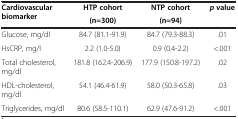
<table><thead><tr><td rowspan="2"><b>Cardiovascular biomarker</b></td><td><b>HTP cohort</b></td><td><b>NTP cohort</b></td><td rowspan="2"><b><i>p </i>value</b></td></tr><tr><td><b>(n=300)</b></td><td><b>(n=94)</b></td></tr></thead><tbody><tr><td>Glucose, mg/dl</td><td>84.7 (81.1-91.9)</td><td>84.7 (79.3-88.3)</td><td>.01</td></tr><tr><td>HsCRP, mg/l</td><td>2.2 (1.0-5.0)</td><td>0.9 (0.4-2.2)</td><td>&lt;.001</td></tr><tr><td>Total cholesterol, mg/dl</td><td>181.8 (162.4-206.9)</td><td>177.9 (150.8-197.2)</td><td>.02</td></tr><tr><td>HDL-cholesterol, mg/dl</td><td>54.1 (46.4-61.9)</td><td>58.0 (50.3-65.8)</td><td>.03</td></tr><tr><td>Triglycerides, mg/dl</td><td>80.6 (58.5-110.1)</td><td>62.9 (47.6-91.2)</td><td>&lt;.001</td></tr></tbody></table>